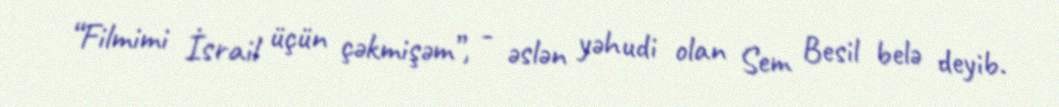
“Filmimi İsrail üçün çəkmişəm”, - əslən yəhudi olan Sem Besil belə deyib.